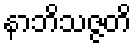
နာဘိသဇ္ဇတိ